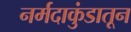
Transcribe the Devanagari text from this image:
नर्मदाकुंडातून